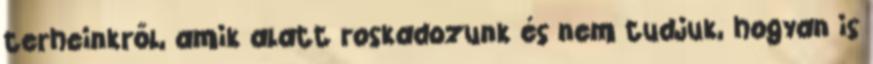
terheinkről, amik alatt roskadozunk és nem tudjuk, hogyan is